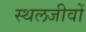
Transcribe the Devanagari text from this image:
स्थलजीवों